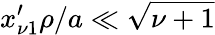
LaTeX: x_{\nu 1}^{\prime}\rho/a\ll\sqrt{\nu+1}